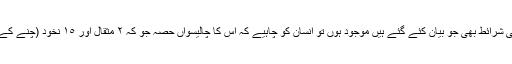
یہ کہ ١٠٥ مثقال عرفی ہو تو اگر چاندی ١٠٥ مثقال کے برابر ہو اور باقی شرائط بھی جو بیان کئے گئے ہیں موجود ہوں تو انسان کو چاہیے کہ اس کا چالیسواں حصہ جو کہ ٢ مثقال اور ١٥ نخود (چنے کے دانے) بنتا ہے از بابت زکواۃ دے اس سے کم پر زکواۃ واجب نہیں ہے۔